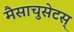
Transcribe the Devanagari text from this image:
मैसाचुसेटस्